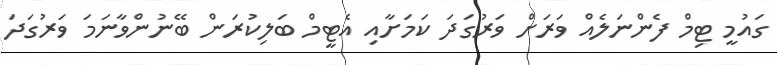
ގައުމީ ޓިމް ފެންނަލެއް ވަރަށް ވަރުގަދަ ކަމަށާއި އެޓީމް ބަލިކުރަން ބޭނުންވާނަމަ ވަރުގަދަ